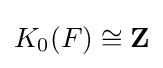
K_{0}(F)\cong \mathbf {Z}